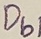
Text: Db